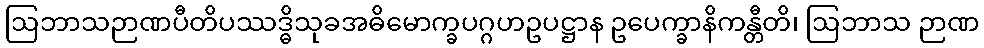
ဩဘာသဉာဏပီတိပဿဒ္ဓိသုခအဓိမောက္ခပဂ္ဂဟဥပဋ္ဌာန ဥပေက္ခာနိကန္တီတိ၊ ဩဘာသ ဉာဏ